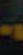
-